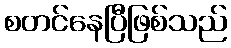
စတင်နေပြီဖြစ်သည်